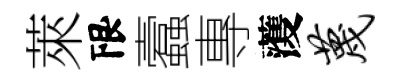
萊限蠧專𮑮蔑